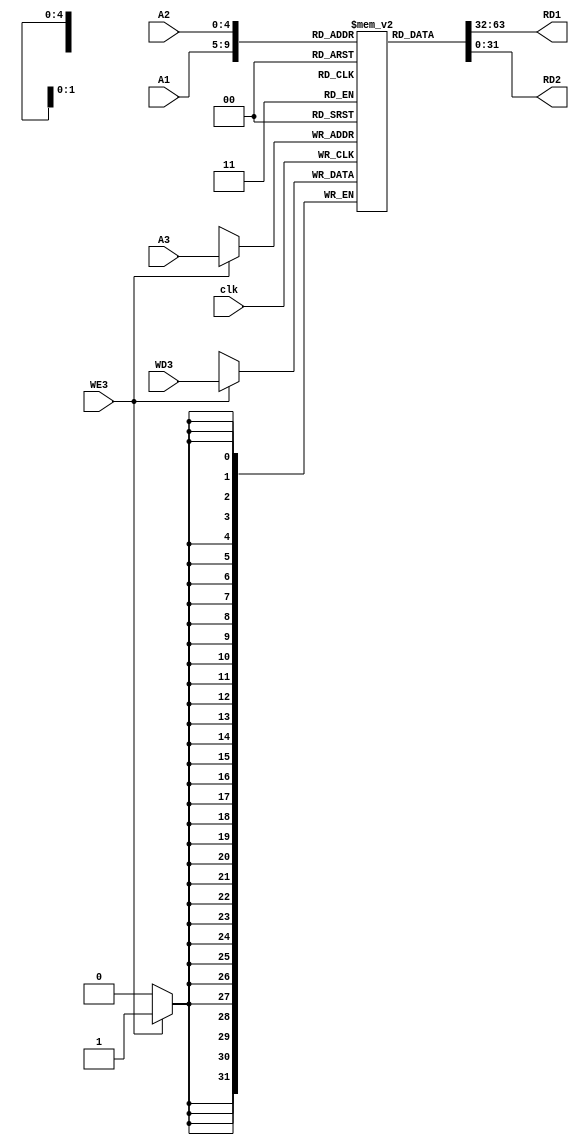
`timescale 1ns / 1ps
//////////////////////////////////////////////////////////////////////////////////
// Company: 
// Engineer: 
// 
// Design Name: 
// Module Name: reg_file
// Project Name: 
// Target Devices: 
// Tool Versions: 
// Description: 
// 
// Dependencies: 
// 
// Revision:
// Revision 0.01 - File Created
// Additional Comments:
// 
//////////////////////////////////////////////////////////////////////////////////


module reg_file(
   input [4:0] A1 , A2 , A3 ,
   input [31:0] WD3 ,
   input WE3 , clk ,
   output [31:0] RD1 , RD2 
    );
    
    reg [31:0] in [31:0] ;
    
    integer i;
    initial begin
      for ( i=0 ;i<32 ;i=i+1 ) begin
        in[i] = 32'b0 ;
      end
    end
    
    assign RD1 = in[A1] ;
    assign RD2 = in[A2] ;
    
    always @( posedge clk )
      if(WE3) in[A3] = WD3 ; 
      
endmodule